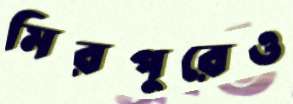
মিরপুরেও